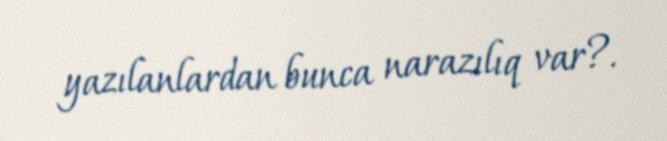
yazılanlardan bunca narazılıq var?.